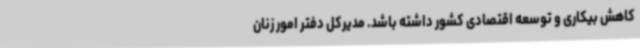
کاهش بیکاری و توسعه اقتصادی کشور داشته باشد. مدیرکل دفتر امور زنان